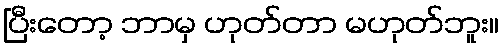
ပြီးတော့ ဘာမှ ဟုတ်တာ မဟုတ်ဘူး။